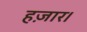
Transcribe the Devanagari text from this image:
हज़ार।